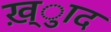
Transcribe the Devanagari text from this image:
ख़्ुाद